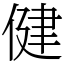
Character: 健